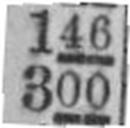
300